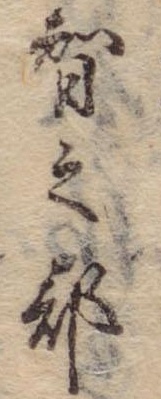
智之部